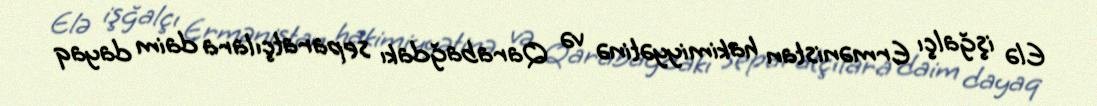
Elə işğalçı Ermənistan hakimiyyətinə və Qarabağdakı separatçılara daim dayaq